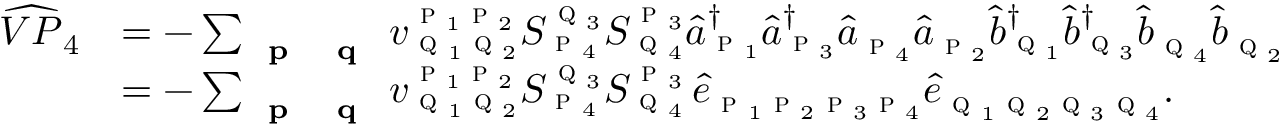
\begin{array} { r l } { \widehat { V P } _ { 4 } } & { = - \sum _ { \textbf { \textsc { p } } \textbf { \textsc { q } } } { v } _ { \textsc { q } _ { 1 } \textsc { q } _ { 2 } } ^ { \textsc { p } _ { 1 } \textsc { p } _ { 2 } } S _ { \textsc { p } _ { 4 } } ^ { \textsc { q } _ { 3 } } S _ { \textsc { q } _ { 4 } } ^ { \textsc { p } _ { 3 } } \hat { a } _ { \textsc { p } _ { 1 } } ^ { \dagger } \hat { a } _ { \textsc { p } _ { 3 } } ^ { \dagger } \hat { a } _ { \textsc { p } _ { 4 } } \hat { a } _ { \textsc { p } _ { 2 } } \hat { b } _ { \textsc { q } _ { 1 } } ^ { \dagger } \hat { b } _ { \textsc { q } _ { 3 } } ^ { \dagger } \hat { b } _ { \textsc { q } _ { 4 } } \hat { b } _ { \textsc { q } _ { 2 } } } \\ & { = - \sum _ { \textbf { \textsc { p } } \textbf { \textsc { q } } } { v } _ { \textsc { q } _ { 1 } \textsc { q } _ { 2 } } ^ { \textsc { p } _ { 1 } \textsc { p } _ { 2 } } S _ { \textsc { p } _ { 4 } } ^ { \textsc { q } _ { 3 } } S _ { \textsc { q } _ { 4 } } ^ { \textsc { p } _ { 3 } } \, \hat { e } _ { \textsc { p } _ { 1 } \textsc { p } _ { 2 } \textsc { p } _ { 3 } \textsc { p } _ { 4 } } \hat { e } _ { \textsc { q } _ { 1 } \textsc { q } _ { 2 } \textsc { q } _ { 3 } \textsc { q } _ { 4 } } . } \end{array}